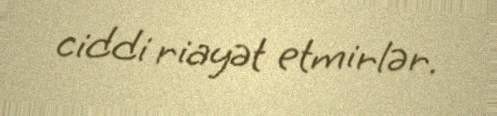
ciddi riayət etmirlər.